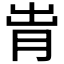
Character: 𬁹